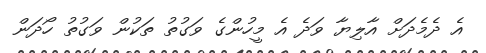
އެ ދެމެދަށް އާލިޔާ ވަދެ އެ މީހުންގެ ވަގުތު ތަކުން ވަގުތު ހޯދަން